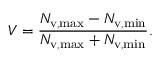
V = \frac { N _ { \mathrm { v , m a x } } - N _ { \mathrm { v , m i n } } } { N _ { \mathrm { v , m a x } } + N _ { \mathrm { v , m i n } } } .